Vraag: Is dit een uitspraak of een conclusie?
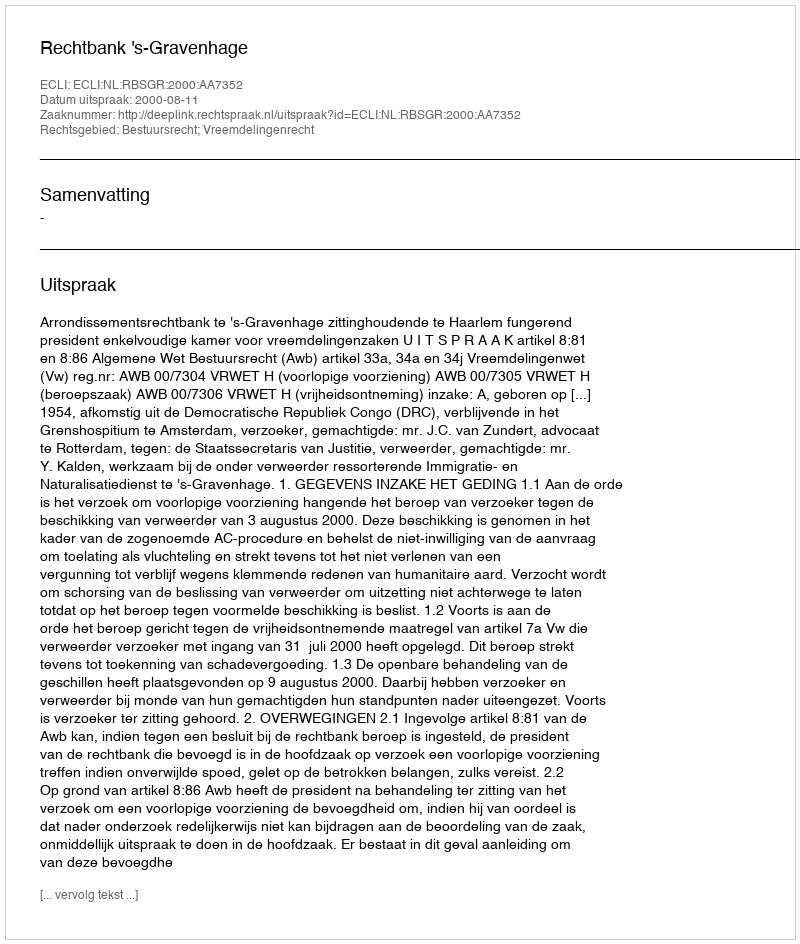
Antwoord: Uitspraak